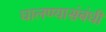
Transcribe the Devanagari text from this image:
घालण्यासंबंधी